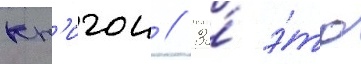
кн'игои // За́ э́то